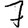
Digit: 7